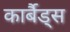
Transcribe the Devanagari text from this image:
कार्बैड्स